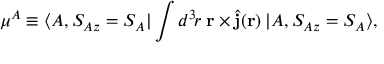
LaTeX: \mu ^ { A } \equiv \langle A , S _ { A z } = S _ { A } | \int d ^ { 3 } \! r \; { \bf r } \times \hat { { \bf j } } ( { \bf r } ) \: | A , S _ { A z } = S _ { A } \rangle ,